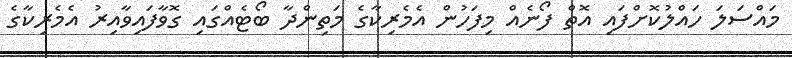
މައްސަލަ ހައްލުކޮށްފައި އޮތް ފޯނެއް މިފަހުން އެމެރިކާގެ މަތިންދާ ބޯޓެއްގައި ގޮވާފައިވާއިރު އެމެރިކާގެ